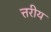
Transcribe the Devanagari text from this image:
त्तरीय